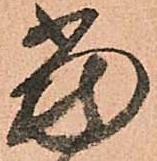
當